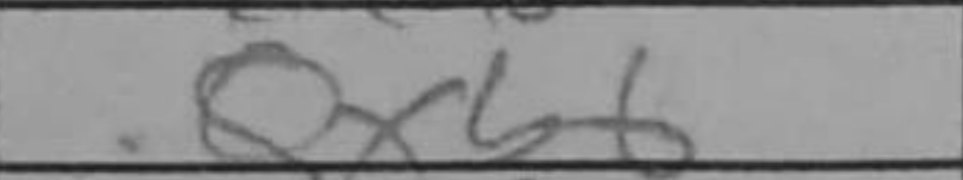
Transcription: Qxb6